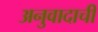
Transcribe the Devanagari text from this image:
अनुवादाची